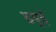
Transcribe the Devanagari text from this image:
डयुई